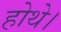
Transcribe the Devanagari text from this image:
होथे।